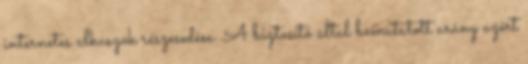
internetes alkuszok részesedése. A biztosító által bemutatott arány azért